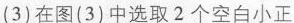
(3)在图(3)中选取2个空白小正